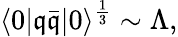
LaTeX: \langle0|\mathfrak{q}\bar{{\mathfrak{q}}}|0\rangle^{\frac{{1}}{{3}}}\sim\Lambda,